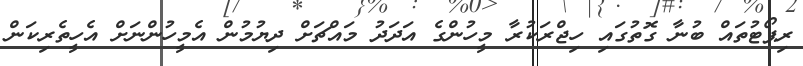
ރިޕޯޓުތައް ބުނާ ގޮތުގައި ހިޖްރަކުރާ މީހުންގެ އަދަދު މައްޗަށް ދިޔުމުން އެމީހުންނަށް އެހީތެރިކަން